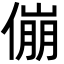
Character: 傰